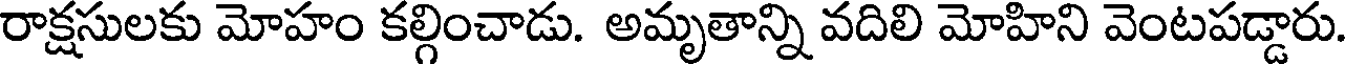
రాక్షసులకు మోహం కల్గించాడు. అమృతాన్ని వదిలి మోహిని వెంటపడ్డారు.